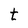
Character: t